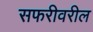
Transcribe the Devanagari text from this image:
सफरीवरील